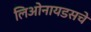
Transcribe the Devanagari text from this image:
लिओनायडसचे